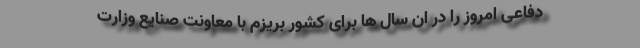
دفاعی امروز را در ان سال ها برای کشور بریزم با معاونت صنایع وزارت